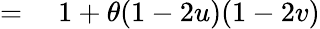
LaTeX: \begin{array}{rl}{={}}&{{}1+\theta(1-2u)(1-2v)}\end{array}